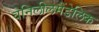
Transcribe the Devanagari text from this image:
वेनिलीलमैंडेलिक